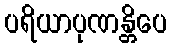
ပရိယာပုဏန္တိပေ